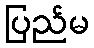
ပြည်မ